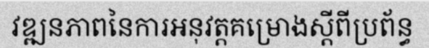
វឌ្ឍនភាពនៃការអនុវត្តគម្រោងស្តីពីប្រព័ន្ធ